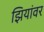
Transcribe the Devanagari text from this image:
झियांवर